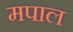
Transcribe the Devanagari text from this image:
मपाल